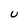
Character: U